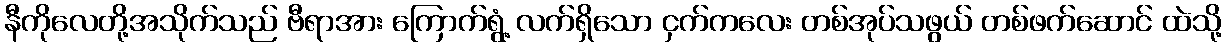
နီကိုလေတို့အသိုက်သည် ဗီရာအား ကြောက်ရွံ့ လက်ရှိသော ငှက်ကလေး တစ်အုပ်သဖွယ် တစ်ဖက်ဆောင် ထဲသို့